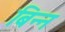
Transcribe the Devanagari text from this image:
बिन्न